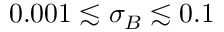
0 . 0 0 1 \lesssim \sigma _ { B } \lesssim 0 . 1